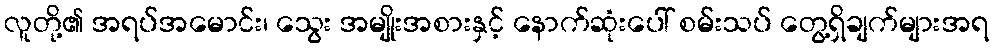
လူတို့၏ အရပ်အမောင်း၊ သွေး အမျိုးအစားနှင့် နောက်ဆုံးပေါ် စမ်းသပ် တွေ့ရှိချက်များအရ